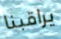
يراقبنا